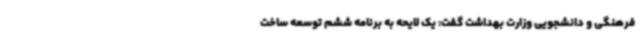
فرهنگی و دانشجویی وزارت بهداشت گفت: یک لایحه به برنامه ششم توسعه ساخت